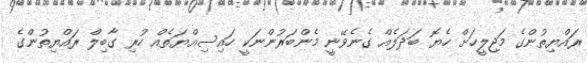
ރައްޔިތުންގެ މަޖިލީހަށް ހެޔޮ ބަދަލެއް ގެނެވޭނީ މެންބަރުންނަކީ ހައިސިއްޔަތެއް ހުރި ގާބިލް ރައްޔިތުންގެ